Indian journal of veterinary science and animal husbandry - Volumes 28-29, 1958-1959
Year: 1958
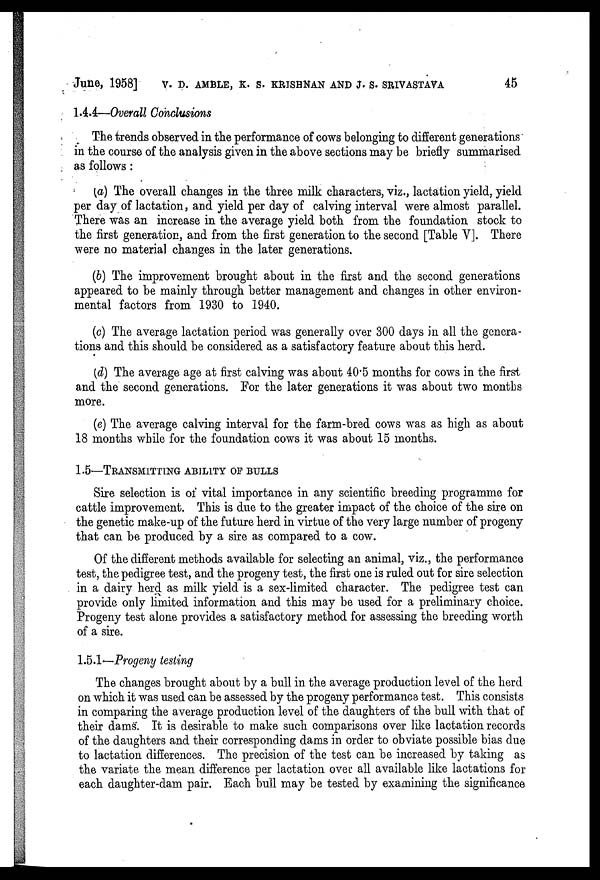
June, 1958] V. D. AMBLE, K. S. KRISHNAN AND J. S. SRIVASTAVA 45
1.4.4—Overall Conclusions
The trends observed in the performance of cows belonging to different generations
in the course of the analysis given in the above sections may be briefly summarised
as follows :
(a) The overall changes in the three milk characters, viz., lactation yield, yield
per day of lactation, and yield per day of calving interval were almost parallel.
There was an increase in the average yield both from the foundation stock to
the first generation, and from the first generation to the second [Table V]. There
were no material changes in the later generations.
(b) The improvement brought about in the first and the second generations
appeared to be mainly through better management and changes in other environ-
mental factors from 1930 to 1940.
(c) The average lactation period was generally over 300 days in all the genera-
tions and this should be considered as a satisfactory feature about this herd.
(d) The average age at first calving was about 40.5 months for cows in the first
and the second generations. For the later generations it was about two months
more.
(e) The average calving interval for the farm-bred cows was as high as about
18 months while for the foundation cows it was about 15 months.
1.5—TRANSMITTING ABILITY OF BULLS
Sire selection is of vital importance in any scientific breeding programme for
cattle improvement. This is due to the greater impact of the choice of the sire on
the genetic make-up of the future herd in virtue of the very large number of progeny
that can be produced by a sire as compared to a cow.
Of the different methods available for selecting an animal, viz., the performance
test, the pedigree test, and the progeny test, the first one is ruled out for sire selection
in a dairy herd as milk yield is a sex-limited character. The pedigree test can
provide only limited information and this may be used for a preliminary choice.
Progeny test alone provides a satisfactory method for assessing the breeding worth
of a sire.
1.5.1—Progeny testing
The changes brought about by a bull in. the average production level of the herd
on which it was used can be assessed by the progeny performance test. This consists
in comparing the average production level of the daughters of the bull with that of
their dams. It is desirable to make such comparisons over like lactation records
of the daughters and their corresponding dams in order to obviate possible bias due
to lactation differences. The precision of the test can be increased by taking as
the variate the mean difference per lactation over all available like lactations for
each daughter-dam pair. Each bull may be tested by examining the significance